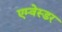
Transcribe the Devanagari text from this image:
एम्वेस्डर